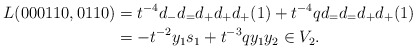
\begin{align*}L(000110, 0110) &= t^{-4} d_- d_= d_+ d_+ d_+(1) + t^{-4} q d_= d_= d_+ d_+ (1) \\ &= -t^{-2} y_1 s_1 + t^{-3} q y_1 y_2 \in V_2.\end{align*}